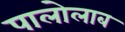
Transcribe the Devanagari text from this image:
पालोलाब